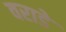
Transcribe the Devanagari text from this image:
वराडे